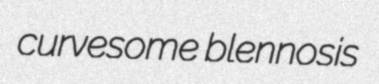
curvesome blennosis